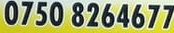
0750 8264677